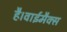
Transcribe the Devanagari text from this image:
है।वाईमैक्स